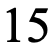
15